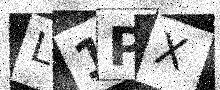
Text: L1PX